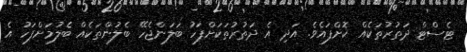
ޓެސްޓް ދަތުރުތަކެއް ކޮށްފައެވެ. އަދި އެ ދަތުރުތަކަށްފަހު ބަލަންޖެހޭ ބެލުންތަކެއް ބެލުމަށްފަހު އެ